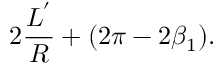
2 \frac { L ^ { ' } } { R } + ( 2 \pi - 2 \beta _ { 1 } ) .